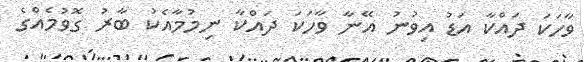
ވާހަކަ ދައްކާ އަޑު އިވުނު އޭނާ ވާހަކަ ދައްކާ ނިމުމާއެކު ބާރު ގޮވުމެއްގެ